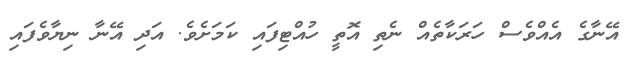
އޭޭނާގެ އެެއްވެސް ހަރަކާތެއް ނެތި އޮތީ ހުއްޓިފައި ކަމަށެވެ. އަދި އޭނާ ނިޔާވެފައި